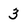
Character: 3